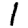
Digit: 1